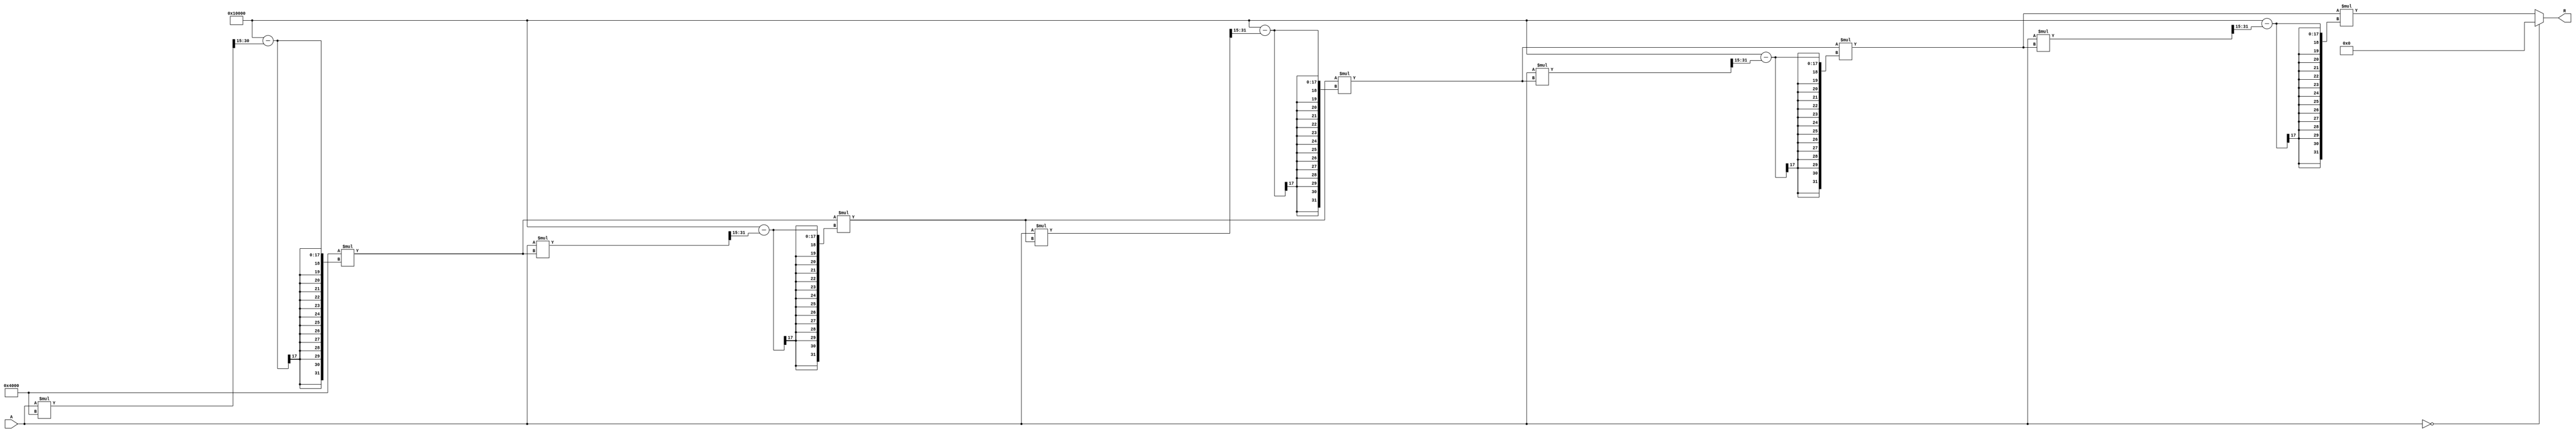
module BitwiseReciprocal #(
    parameter n = 16, // Bit width for input and output
    parameter iterations = 5 // Number of iterations for approximation
)(
    input  [n-1:0] A, // Input number (non-zero)
    output reg [n-1:0] R // Reciprocal output
);

    // Internal variables
    reg [n-1:0] x; // Current approximation
    reg [n-1:0] temp; // Temporary variable for calculations
    integer i;

    always @(*) begin
        // Ensure A is non-zero
        if (A == 0) begin
            R = {n{1'b0}}; // Define behavior for zero input (optional)
        end else begin
            // Initial guess for reciprocal (1/A)
            x = {1'b0, 1'b1, {n-2{1'b0}}}; // Initial guess: 1.0 in fixed-point
            
            // Newton-Raphson iterative method
            for (i = 0; i < iterations; i = i + 1) begin
                temp = x; // Store the current approximation
                // Update x using the formula: x = x * (2 - A * x)
                x = x * (2**n - (A * temp >> (n-1))); // Shift right to maintain precision
            end
            
            R = x; // Set the final approximation as output
        end
    end

endmodule